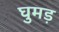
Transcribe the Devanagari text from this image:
घुमड़